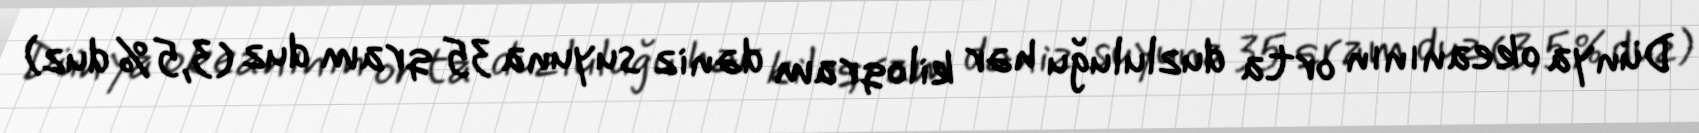
Dünya okeanının orta duzluluğu hər kiloqram dəniz suyuna 35 qram duz (3,5% duz)